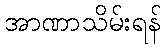
အာဏာသိမ်းရန်